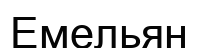
Емельян